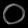
Digit: ၀